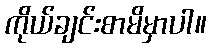
ကိုယ်ချင်းစာမိမှာပါ။